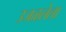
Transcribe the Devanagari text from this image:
उजळलेला